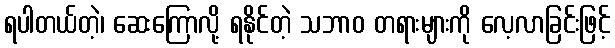
ရပါတယ်တဲ့၊ ဆေးကြောလို့ ရနိုင်တဲ့ သဘာဝ တရားများကို လေ့လာခြင်းဖြင့်